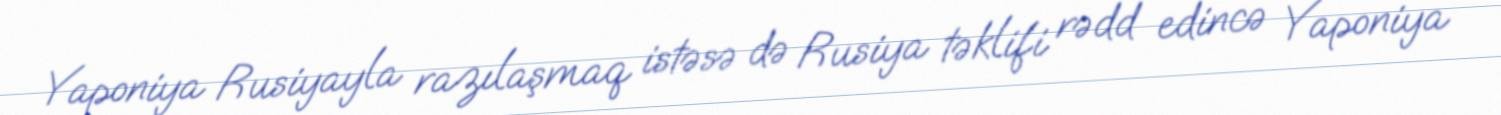
Yaponiya Rusiyayla razılaşmaq istəsə də Rusiya təklifi rədd edincə Yaponiya